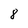
Character: 8